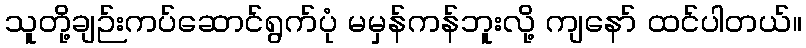
သူတို့ချဉ်းကပ်ဆောင်ရွက်ပုံ မမှန်ကန်ဘူးလို့ ကျနော် ထင်ပါတယ်။